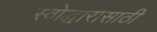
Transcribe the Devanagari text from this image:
स्वोद्धारासाठी